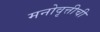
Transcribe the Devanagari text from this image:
मनोवृत्तीची